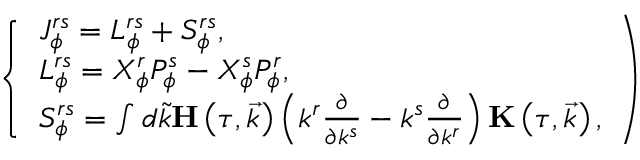
\left\{ \begin{array} { l } { { J _ { \phi } ^ { r s } = L _ { \phi } ^ { r s } + S _ { \phi } ^ { r s } , } } \\ { { L _ { \phi } ^ { r s } = X _ { \phi } ^ { r } P _ { \phi } ^ { s } - X _ { \phi } ^ { s } P _ { \phi } ^ { r } , } } \\ { { S _ { \phi } ^ { r s } = \int d \tilde { k } { \bf H } \left( \tau , \vec { k } \right) \left( k ^ { r } \frac \partial { \partial k ^ { s } } - k ^ { s } \frac \partial { \partial k ^ { r } } \right) { \bf K } \left( \tau , \vec { k } \right) , } } \end{array} \right)